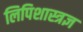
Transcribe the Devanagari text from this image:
लिपिशास्त्रज्ञ